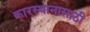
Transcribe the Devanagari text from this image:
कारस्थानासाठी